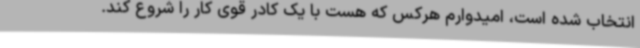
انتخاب شده است، امیدوارم هرکس که هست با یک کادر قوی کار را شروع کند.